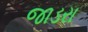
જાડરા